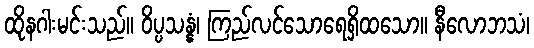
ထိုနဂါးမင်းသည်။ ဝိပ္ပသန္နံ၊ ကြည်လင်သောရေရှိထသော။ နီလောဘသံ၊